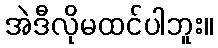
အဲဒီလိုမထင်ပါဘူး။